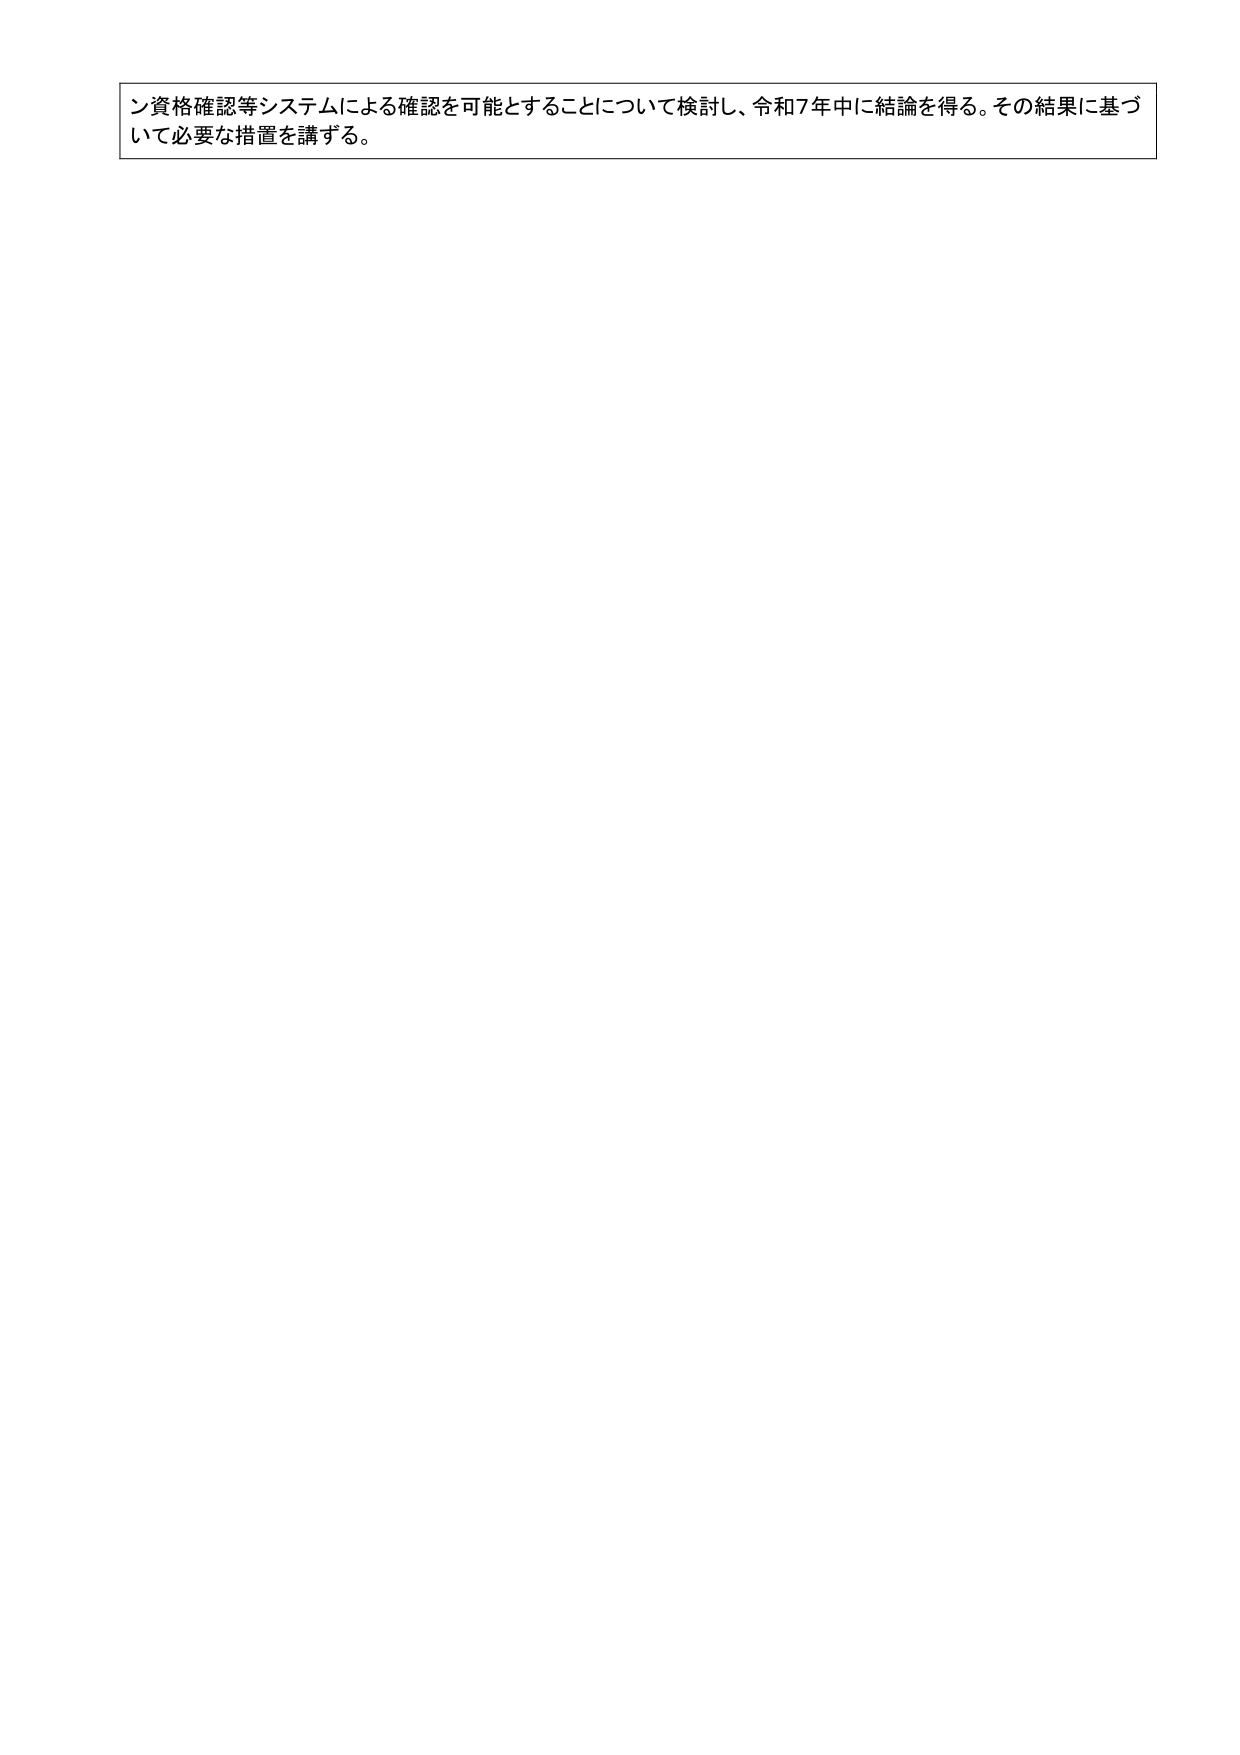
ン資格確認等システムによる確認を可能とすることについて検討し、令和7年中に結論を得る。その結果に基づいて必要な措置を講ずる。